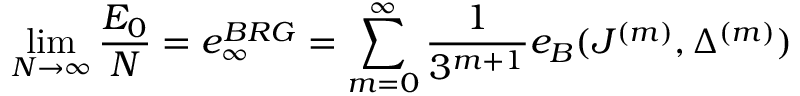
\operatorname * { l i m } _ { N \rightarrow \infty } \frac { E _ { 0 } } { N } = e _ { \infty } ^ { B R G } = \sum _ { m = 0 } ^ { \infty } \frac { 1 } { 3 ^ { m + 1 } } e _ { B } ( J ^ { ( m ) } , \Delta ^ { ( m ) } )